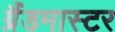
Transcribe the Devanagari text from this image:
ग्रैंडमास्‍टर